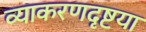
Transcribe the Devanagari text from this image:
व्याकरणदृष्टया